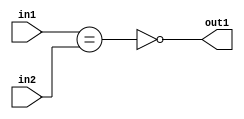
`timescale 1ps / 1ps
/*****************************************************************************
    Verilog RTL Description
    
    
    Created by: Stratus DpOpt 21.05.01 
*******************************************************************************/

module Filter_NotEQ_2Ux2U_1U_4 (
	in2,
	in1,
	out1
	); /* architecture "behavioural" */ 
input [1:0] in2,
	in1;
output  out1;
wire  asc001,
	asc002;

assign asc002 = (in1==in2);

assign asc001 = 
	((~asc002));

assign out1 = asc001;
endmodule

/* CADENCE  ubPxTg8= : u9/ySxbfrwZIxEzHVQQV8Q== ** DO NOT EDIT THIS LINE ******/